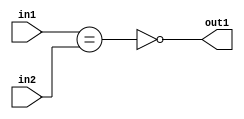
`timescale 1ps / 1ps
/*****************************************************************************
    Verilog RTL Description
    
    
    Created by: Stratus DpOpt 21.05.01 
*******************************************************************************/

module Filter_NotEQ_2Ux2U_1U_4 (
	in2,
	in1,
	out1
	); /* architecture "behavioural" */ 
input [1:0] in2,
	in1;
output  out1;
wire  asc001,
	asc002;

assign asc002 = (in1==in2);

assign asc001 = 
	((~asc002));

assign out1 = asc001;
endmodule

/* CADENCE  ubPxTg8= : u9/ySxbfrwZIxEzHVQQV8Q== ** DO NOT EDIT THIS LINE ******/